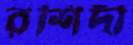
রশিদী